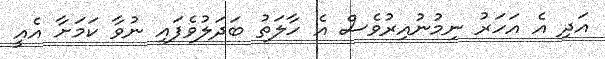
އަދި އެ އަހަރު ނިމުނުއިރުވެސް އެ ހާލަތު ބަދަލުވެފައި ނުވާ ކަމަށާ އެއީ